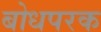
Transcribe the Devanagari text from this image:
बोधपरक